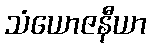
သံယောဇနီယာ